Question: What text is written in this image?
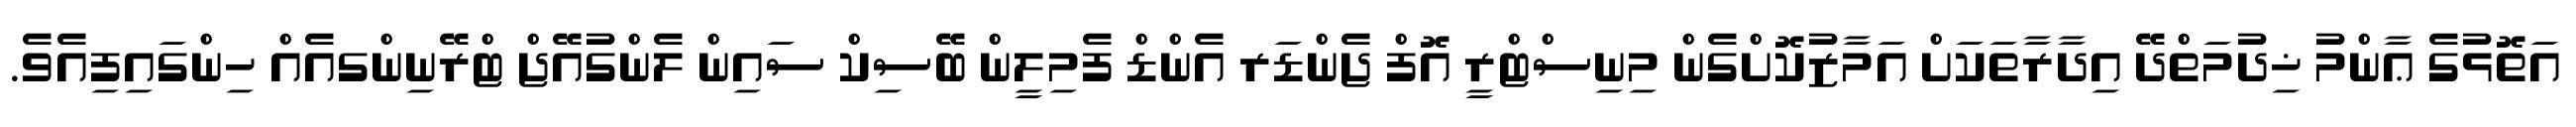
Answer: އަތޮޅުގެ ޢާންމު ޚިދުމަތްދޭ އިދާރާތަކަށް އަމާޒުކޮށްގެން މިނިސްޓްރީ އޮފް ޖެންޑަރ އެންޑް ފެމިލީން ބޭސިކް ސައިން ލެންގުއޭޖް ޓްރޭނިންގއެއް ހިންގައިފިއެވެ.